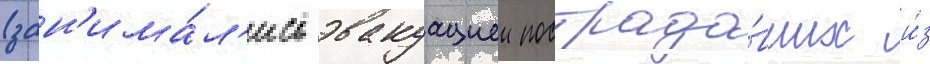
(зан'има́л'ись эвакуациеи пострада́вших и́з